Civil Veterinary Department Bihar & Orissa reports 1929-36 - 1929-1936
Year: 1929
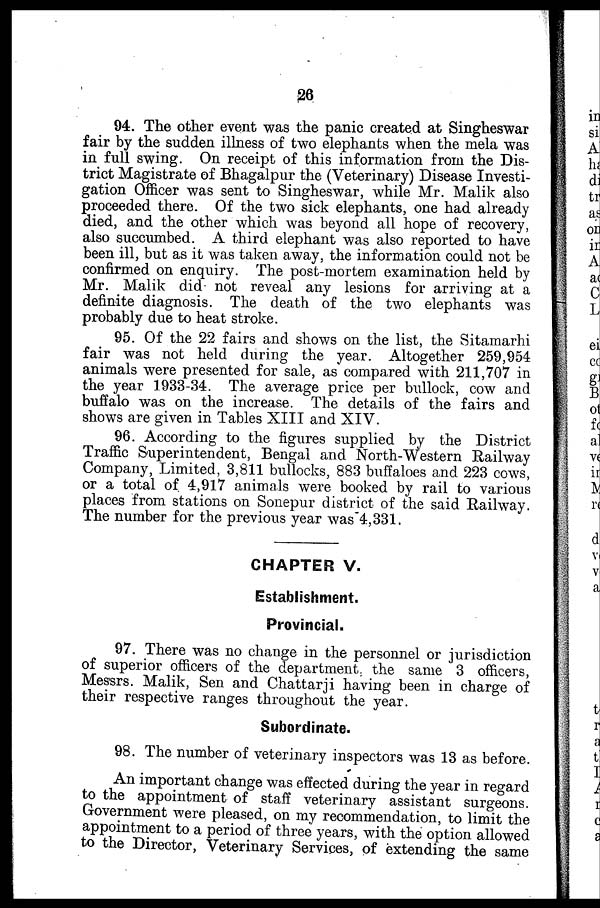
26
94. The other event was the panic created at Singheswar
fair by the sudden illness of two elephants when the mela was
in full swing. On receipt of this information from the Dis-
trict Magistrate of Bhagalpur the (Veterinary) Disease Investi-
gation Officer was sent to Singheswar, while Mr. Malik also
proceeded there. Of the two sick elephants, one had already
died, and the other which was beyond all hope of recovery,
also succumbed. A third elephant was also reported to have
been ill, but as it was taken away, the information could not be
confirmed on enquiry. The post-mortem examination held by
Mr. Malik did not reveal any lesions for arriving at a
definite diagnosis. The death of the two elephants was
probably due to heat stroke.
95. Of the 22 fairs and shows on the list, the Sitamarhi
fair was not held during the year. Altogether 259,954
animals were presented for sale, as compared with 211,707 in
the year 1933-34. The average price per bullock, cow and
buffalo was on the increase. The details of the fairs and
shows are given in Tables XIII and XIV.
96. According to the figures supplied by the District
Traffic Superintendent, Bengal and North-Western Railway
Company, Limited, 3,811 bullocks, 883 buffaloes and 223 cows,
or a total of 4,917 animals were booked by rail to various
places from stations on Sonepur district of the said Railway
The number for the previous year was 4,331.
CHAPTER V.
Establishment.
Provincial.
97. There was no change in the personnel or jurisdiction
of superior officers of the department the same 3 officers,
Messrs. Malik, Sen and Chattarji having been in charge of
their respective ranges throughout the year.
Subordinate.
98. The number of veterinary inspectors was 13 as before.
An important change was effected during the year in regard
to the appointment of staff veterinary assistant surgeons.
Government were pleased, on my recommendation, to limit the
appointment to a period of three years, with the option allowed
to the Director, Veterinary Services, of extending the same